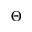
\Theta